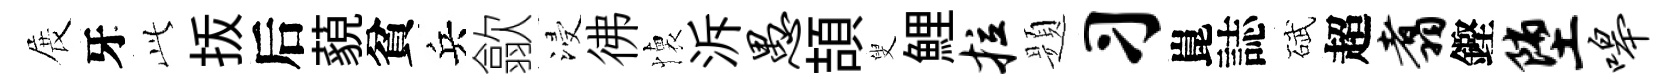
展牙𬼘㧞后藐貧兵歙浸彿懐泝愚頡叟鯉拉题习崑誌碔超翥鏗堕嗥